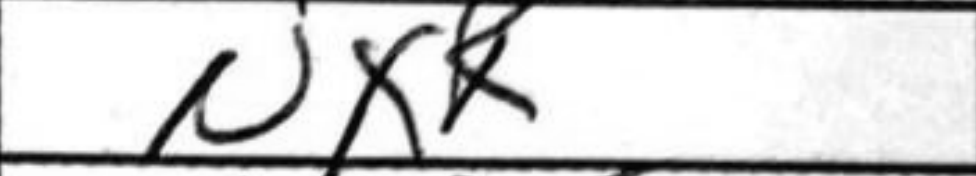
Transcription: NxR